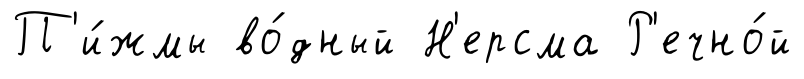
П'и́жмы во́дный Н'ерсма Р'ечно́й